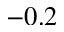
- 0 . 2